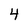
Character: 4